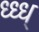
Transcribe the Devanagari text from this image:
ध्ध्ध्